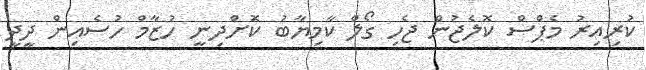
ކުރިއިރު މެޕްސް ކޮލެޖުން ޖެހި ގޯލް ކާމިޔާބު ކަޮށްދިނީ ހުޒާމް ހުސެއިން ދީދީ